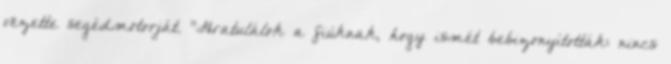
vezette segédmotorját. "Gratulálok a fiúknak, hogy ismét bebizonyították: nincs